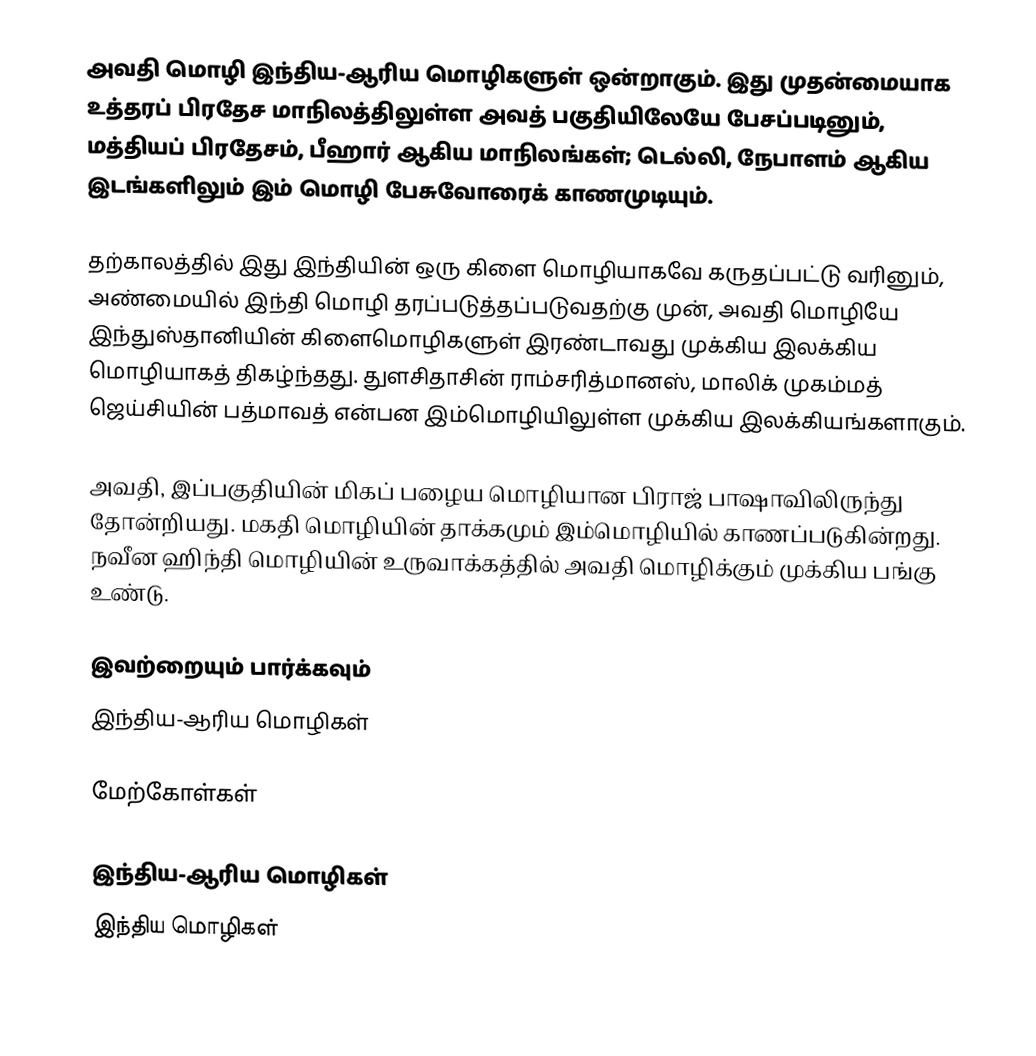
அவதி மொழி இந்திய-ஆரிய மொழிகளுள் ஒன்றாகும். இது முதன்மையாக உத்தரப் பிரதேச மாநிலத்திலுள்ள அவத் பகுதியிலேயே பேசப்படினும், மத்தியப் பிரதேசம், பீஹார் ஆகிய மாநிலங்கள்; டெல்லி, நேபாளம் ஆகிய இடங்களிலும் இம் மொழி பேசுவோரைக் காணமுடியும்.

தற்காலத்தில் இது இந்தியின் ஒரு கிளை மொழியாகவே கருதப்பட்டு வரினும், அண்மையில் இந்தி மொழி தரப்படுத்தப்படுவதற்கு முன், அவதி மொழியே இந்துஸ்தானியின் கிளைமொழிகளுள் இரண்டாவது முக்கிய இலக்கிய மொழியாகத் திகழ்ந்தது. துளசிதாசின் ராம்சரித்மானஸ், மாலிக் முகம்மத் ஜெய்சியின் பத்மாவத் என்பன இம்மொழியிலுள்ள முக்கிய இலக்கியங்களாகும்.

அவதி, இப்பகுதியின் மிகப் பழைய மொழியான பிராஜ் பாஷாவிலிருந்து தோன்றியது. மகதி மொழியின் தாக்கமும் இம்மொழியில் காணப்படுகின்றது. நவீன ஹிந்தி மொழியின் உருவாக்கத்தில் அவதி மொழிக்கும் முக்கிய பங்கு உண்டு.

இவற்றையும் பார்க்கவும்
 இந்திய-ஆரிய மொழிகள்

மேற்கோள்கள்

இந்திய-ஆரிய மொழிகள்
இந்திய மொழிகள்